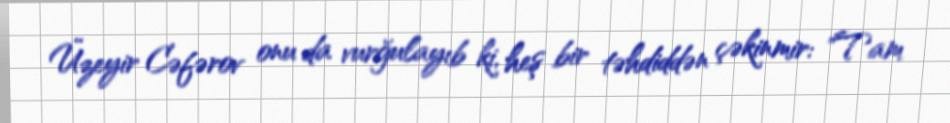
Üzeyir Cəfərov onu da vurğulayıb ki, heş bir təhdiddən çəkinmir: "Tam